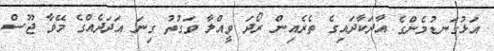
އަޅުގަނޑުމެންގެ އާދަކާދައިގެ ތެރެއިން ރޯދަ ވީއްލާ ވަގުތު ގިނަ އަދަދެއްގެ މޭވާ ޖޫސް